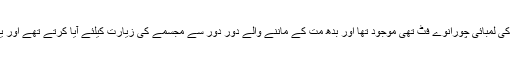
داریل فوگیچ میں بدھ کا ایک طویل ترین مجسمہ جس کی لمبائی چورانوے فٹ تھی موجود تھا اور بدھ مت کے ماننے والے دور دور سے مجسمے کی زیارت کیلئے آیا کرتے تھے اور یہاں بدھ مت مذہب کی ایک بڑی یونیورسٹی بھی تھی۔